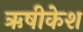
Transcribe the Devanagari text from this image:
ऋषीकेश